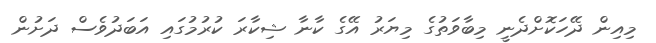
މިއިން ދޭހަކޮށްދެނީ މިބާވަތުގެ މިޔަރު އޭގެ ކާނާ ޝިކާރަ ކުރުމުގައި އަބަދުވެސް ދަށުން